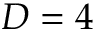
D = 4